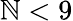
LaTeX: \mathbb{N}<9